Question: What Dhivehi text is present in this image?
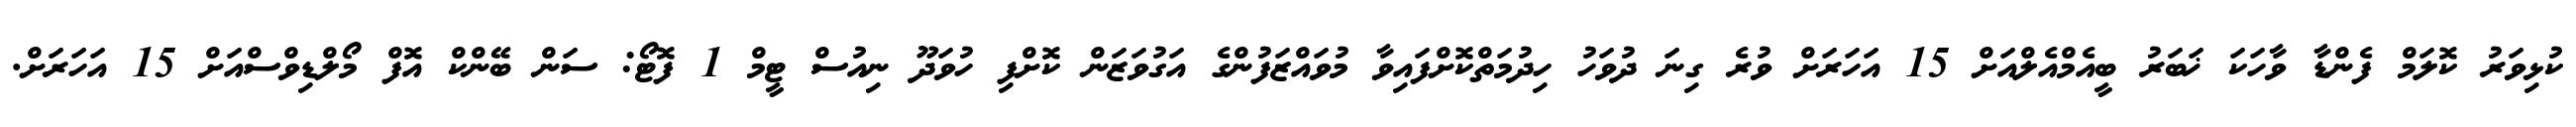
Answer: ކުޅިވަރު ކޮލަމް ފެންޑާ ވާހަކަ ޚަބަރު ބީއެމްއެލްއަށް 15 އަހަރަށް ވުރެ ގިނަ ދުވަހު ހިދުމަތްކޮށްފައިވާ މުވައްޒަފުންގެ އަގުވަޒަން ކޮށްފި ހުވަދޫ ނިއުސް ޓީމް 1 ފޮޓޯ: ސަން ބޭންކް އޮފް މޯލްޑިވްސްއަށް 15 އަހަރަށް.